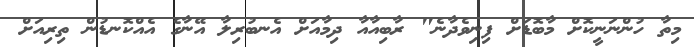
މިތާ ހުންނަނީކޮށް މާބޮޑަށް ފިނިވެދާނެ" ރާބިއާއާ ދިމާއަށް އެނބުރިލާ އޭނާގެ އެއްކޮނޑުން ތިރިއަށް